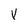
Character: V